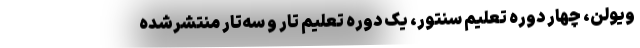
ویولن، چهار دوره تعلیم سنتور، یک دوره تعلیم تار و سه‌تار منتشرشده